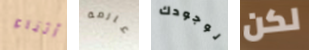
وأثناء عارمة لوجودك لكن